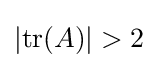
|\mathrm {tr} (A)|>2